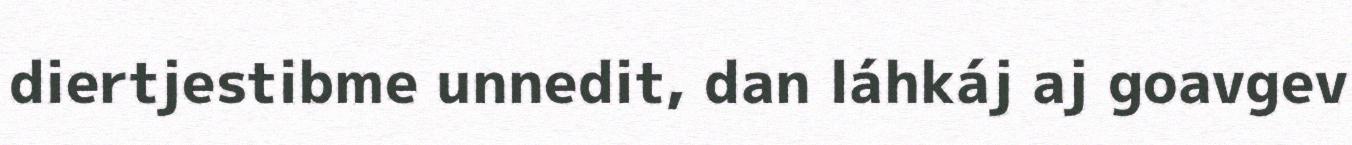
diertjestibme unnedit, dan láhkáj aj goavgev